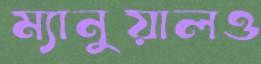
ম্যানুয়ালও